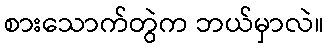
စားသောက်တွဲက ဘယ်မှာလဲ။